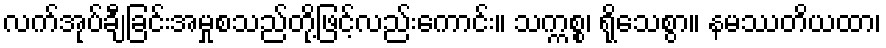
လက်အုပ်ချီခြင်းအမှုစသည်တို့ဖြင့်လည်းကောင်း။ သက္ကစ္စ၊ ရိုသေစွာ။ နမဿတိယထာ၊